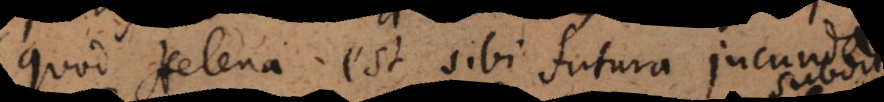
quod Helena est sibi futura jucunda.